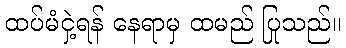
ထပ်မံငှဲ့ရန် နေရာမှ ထမည် ပြုသည်။